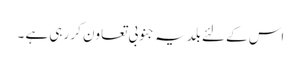
اس کے لئے بلدیہ جنوبی تعاون کر رہی ہے ۔